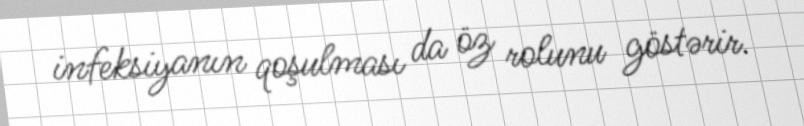
infeksiyanın qoşulması da öz rolunu göstərir.